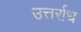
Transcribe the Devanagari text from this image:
उत्तर्राध